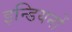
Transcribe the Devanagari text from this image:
इन्डियनों